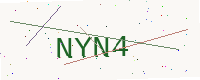
Text: NYN4